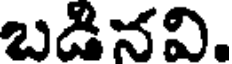
బడినవి.